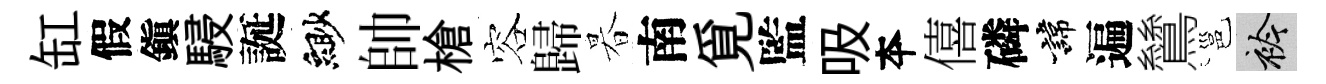
缸假鎭駸誕緲帥槍容歸暮南覓監吸夲僖磷諱遍鷥邕衿